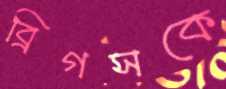
ব্রিগসকে